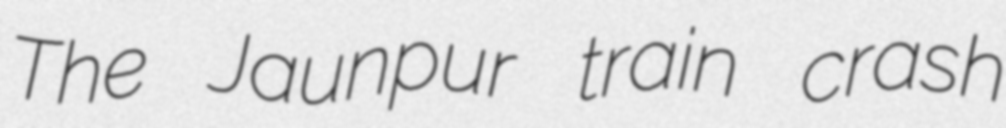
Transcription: The Jaunpur train crash